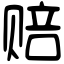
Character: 赔